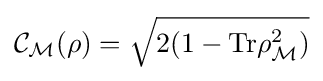
{\mathcal {C}}_{\mathcal {M}}(\rho )={\sqrt {2(1-{\text{Tr}}\rho _{\mathcal {M}}^{2})}}